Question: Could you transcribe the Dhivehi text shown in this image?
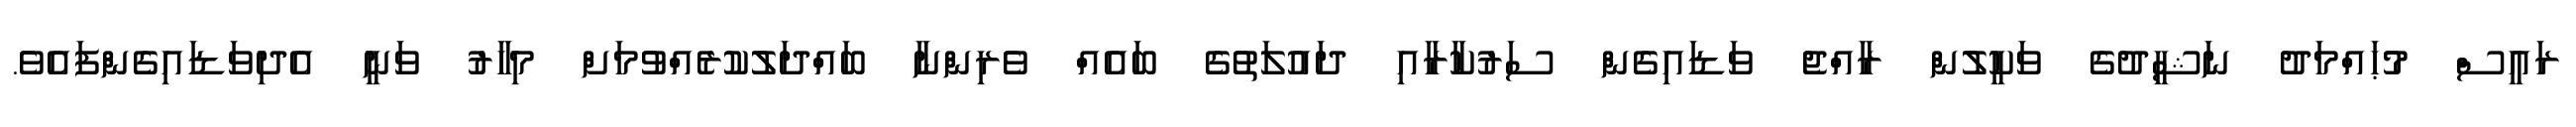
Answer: ރައީސް މުޙައްމަދު ނަޝީދުގެ ވަކީލުން ރާއްޖެ ވަޑައިގެން ސަރުކާރާއި ދައުލަތުގެ ބައެއް ވެރިންނާ ބައްދަލުކުރެއްވުމަށް މިހާރު ވަނީ އެދިވަޑައިގެންފައެވެ.